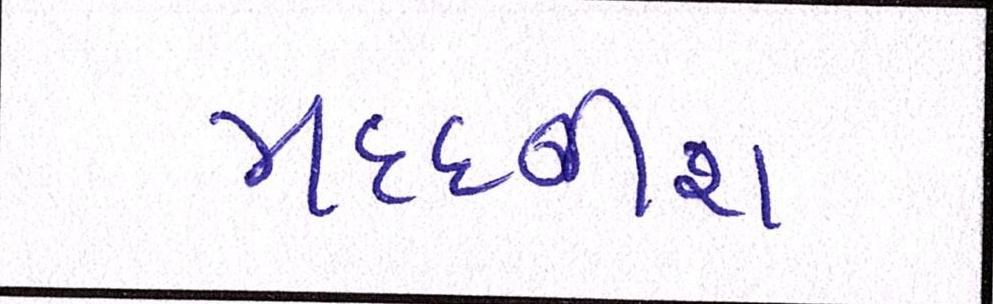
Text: મદદનીશ